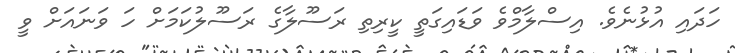
ހަދައި އުޅުނެވެ. އިސްލާމްވެ ވަޑައިގަތީ ކީރިތި ރަސޫލާގެ ރަސޫލުކަމަށް ހަ ވަނައަށް ވީ